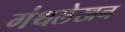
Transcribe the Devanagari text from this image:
गंथलेखन